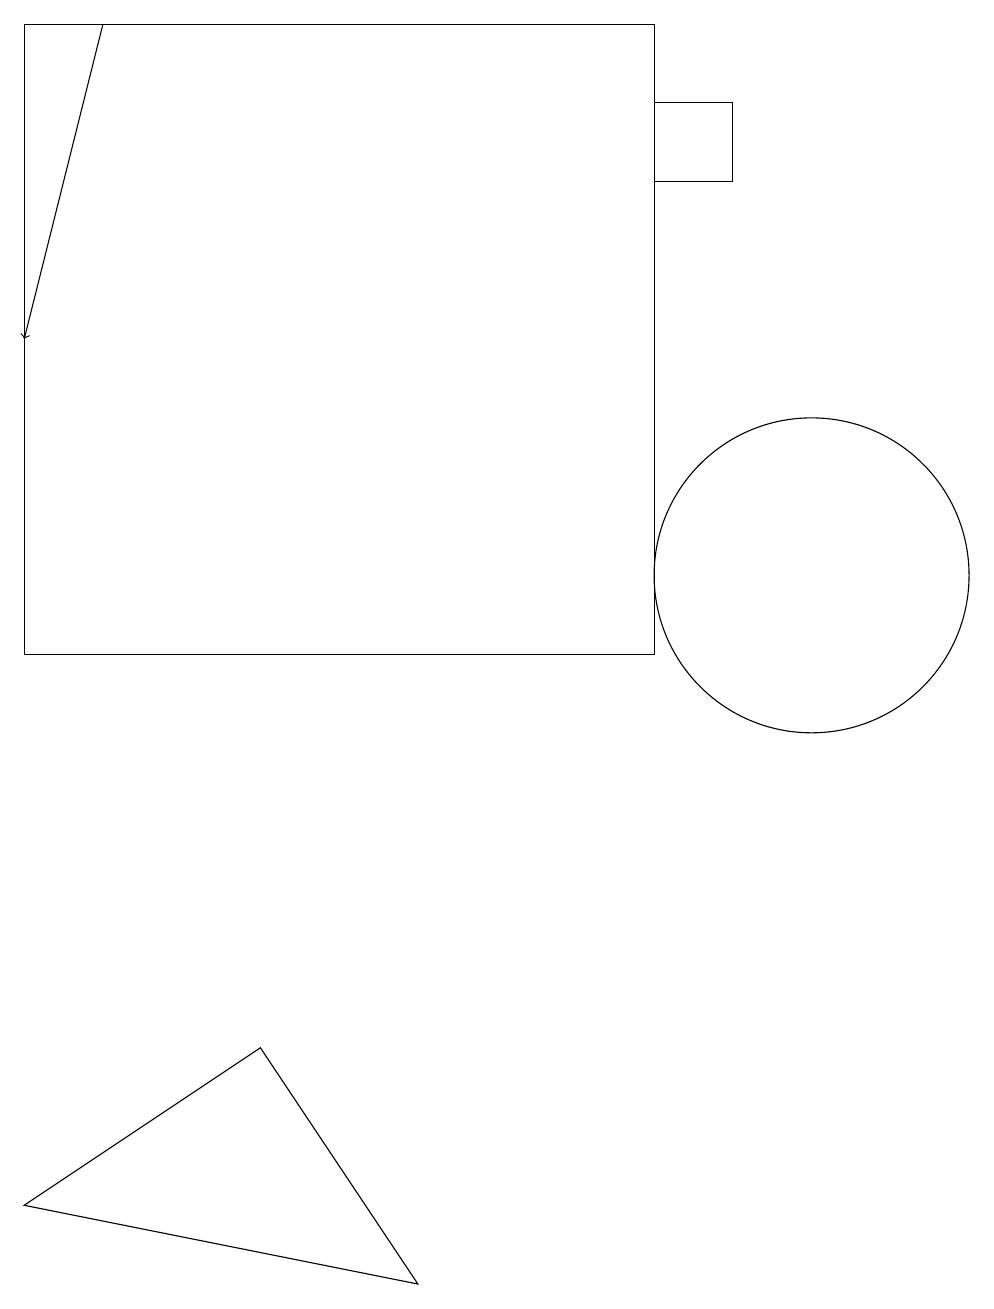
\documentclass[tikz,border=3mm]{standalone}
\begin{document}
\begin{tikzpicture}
\draw (3,5) -- (0,3) -- (5,2) -- cycle;
\draw (10,11) circle (2);
\draw (0,10) rectangle (8,18);
\draw (8,17) rectangle (9,16);
\draw[->] (1,18) -- (0,14);
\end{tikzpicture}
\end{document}